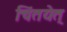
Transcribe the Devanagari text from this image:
चिंतयेत्